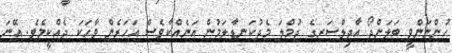
ހުންނަންވީ ބަލަންދޯ އާދިލްސަރގެ ޖުމްލަ މެދުކަނޑާލަމުން އަނެއްކާވެސް އަހަރެން ވާހަކަ ދެއްކީމެވެ. އޭނަ